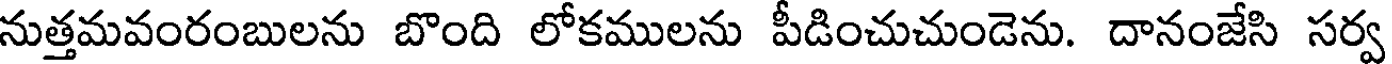
నుత్తమవంరంబులను బొంది లోకములను పీడించుచుండెను. దానంజేసి సర్వ